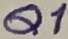
Text: Q1